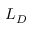
L _ { D }